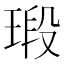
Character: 瑖